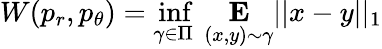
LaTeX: W(p_{r},p_{\theta})=\underset{\gamma\in\Pi}{\operatorname*{inf}}\ \underset{(x,y)\sim\gamma}{\mathbf{E}}||x-y||_{1}